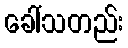
ခေါ်သတည်း